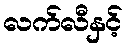
လက်လီနှင့်